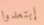
إبتعدوا